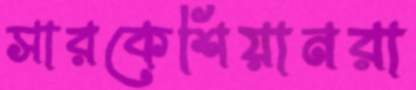
সারকেশিয়ানরা